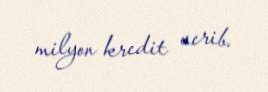
milyon kredit verib.